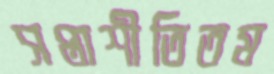
সপ্তাশীতিতম